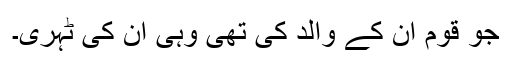
جو قوم ان کے والد کی تھی وہی ان کی ٹہری۔